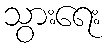
သွားရေး